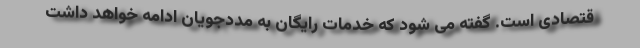
قتصادی است. گفته می شود که خدمات رایگان به مددجویان ادامه خواهد داشت